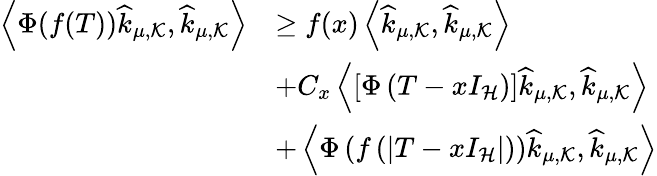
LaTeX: \begin{array}{rl}{\left\langle\Phi(f(T))\widehat{k}_{\mu,\mathcal{K}},\widehat{k}_{\mu,\mathcal{K}}\right\rangle}&{\geq f(x)\left\langle\widehat{k}_{\mu,\mathcal{K}},\widehat{k}_{\mu,\mathcal{K}}\right\rangle}\\ &{+C_{x}\left\langle\left[\Phi\left(T-xI_{\mathcal{H}}\right)\right]\widehat{k}_{\mu,\mathcal{K}},\widehat{k}_{\mu,\mathcal{K}}\right\rangle}\\ &{+\left\langle\Phi\left(f\left(\left\vert T-xI_{\mathcal{H}}\right\vert\right)\right)\widehat{k}_{\mu,\mathcal{K}},\widehat{k}_{\mu,\mathcal{K}}\right\rangle}\end{array}